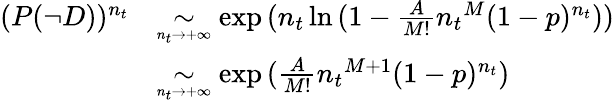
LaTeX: \begin{array}{rl}{(P(\neg D))^{n_{t}}}&{\underset{\scriptscriptstyle{n_{t}\to+\infty}}{\sim}\exp{(n_{t}\ln{(1-\frac{A}{M!}{n_{t}}^{M}(1-p)^{n_{t}}}))}}\\ &{\underset{\scriptscriptstyle{n_{t}\to+\infty}}{\sim}\exp{(\frac{A}{M!}{n_{t}}^{M+1}(1-p)^{n_{t}})}}\end{array}